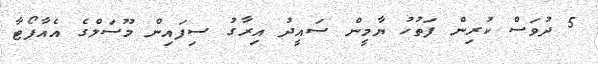
5 ދުވަސް ކުރިން ފަތުހު ޔާމީން ސައީދު އިރާގު ސިފައިން މޫސަލްގެ އެއާޕޯޓާ